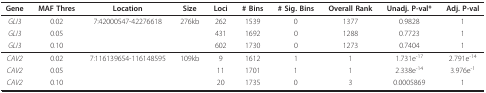
<table><thead><tr><td><b>Gene</b></td><td><b>MAF Thres</b></td><td><b>Location</b></td><td><b>Size</b></td><td><b>Loci</b></td><td><b># Bins</b></td><td><b># Sig. Bins</b></td><td><b>Overall Rank</b></td><td><b>Unadj. P-val*</b></td><td><b>Adj. P-val</b></td></tr></thead><tbody><tr><td><i>GLI3</i></td><td>0.02</td><td>7:42000547-42276618</td><td>276kb</td><td>262</td><td>1539</td><td>0</td><td>1377</td><td>0.9828</td><td>1</td></tr><tr><td><i>GLI3</i></td><td>0.05</td><td></td><td></td><td>431</td><td>1692</td><td>0</td><td>1288</td><td>0.7723</td><td>1</td></tr><tr><td><i>GLI3</i></td><td>0.10</td><td></td><td></td><td>602</td><td>1730</td><td>0</td><td>1273</td><td>0.7404</td><td>1</td></tr><tr><td><i>CAV2</i></td><td>0.02</td><td>7:116139654-116148595</td><td>109kb</td><td>9</td><td>1612</td><td>1</td><td>1</td><td>1.731e<sup>-17</sup></td><td>2.791e<sup>-14</sup></td></tr><tr><td><i>CAV2</i></td><td>0.05</td><td></td><td></td><td>11</td><td>1701</td><td>1</td><td>1</td><td>2.338e<sup>-14</sup></td><td>3.976e<sup>-1</sup></td></tr><tr><td><i>CAV2</i></td><td>0.10</td><td></td><td></td><td>20</td><td>1735</td><td>0</td><td>3</td><td>0.0005869</td><td>1</td></tr></tbody></table>